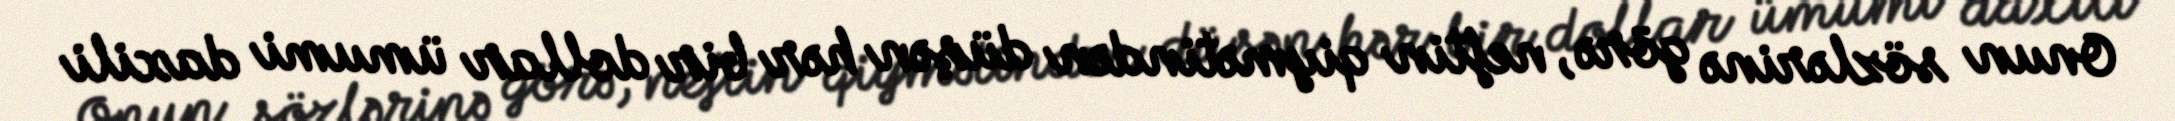
Onun sözlərinə görə, neftin qiymətindən düşən hər bir dollar ümumi daxili